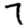
Digit: 7